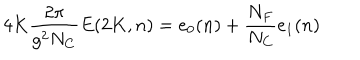
4 K \frac { 2 \pi } { g ^ { 2 } N _ { C } } E ( 2 K , n ) = e _ { 0 } ( n ) + \frac { N _ { F } } { N _ { C } } e _ { 1 } ( n )